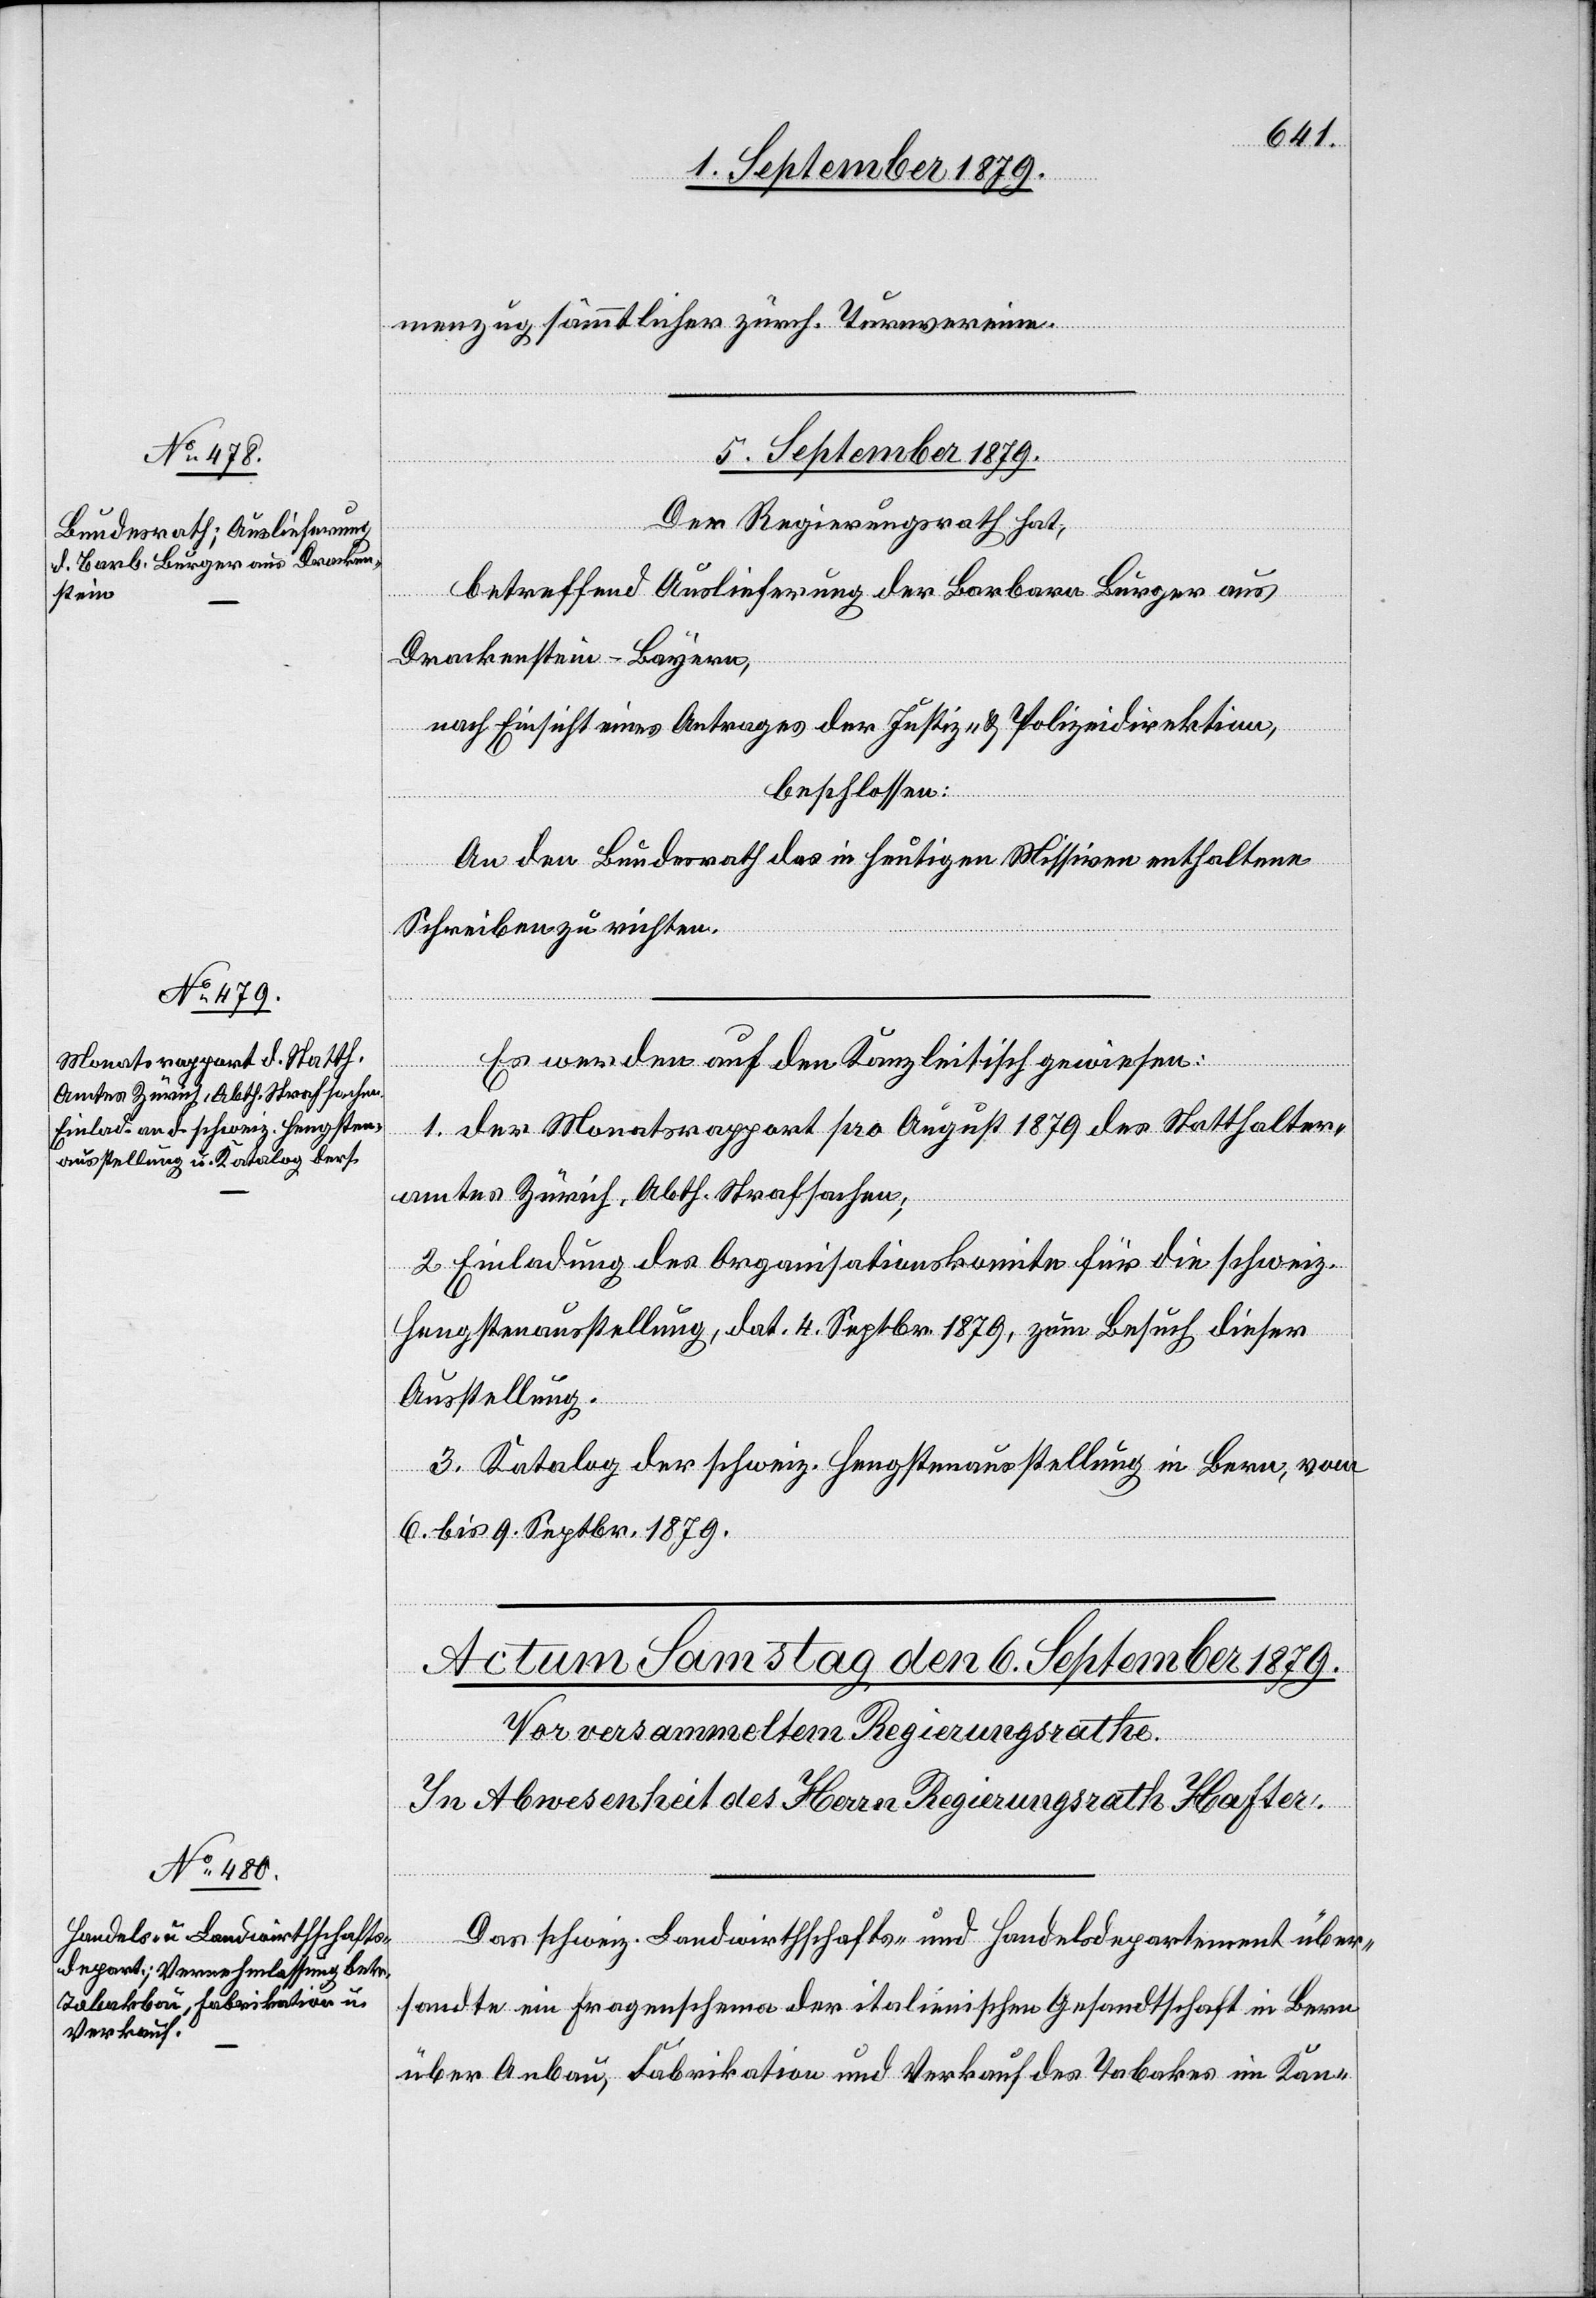
menzug sämmtlicher zürch. Turnvereine.
5. September 1879.]
gungen.
Der Regierungsrath hat,
betreffend Auslieferung der Barbara Burger aus
Drackenstein - Bayern,
nach Einsicht eines Antrages der Justiz- & Polizeidirektion,
beschlossen:
An den Bundesrath das in heutigen Missiven enthaltene
Schreiben zu richten.
Es werden auf den Kanzleitisch gewiesen:
1. der Monatsrapport pro August 1879 des Statthalter¬
amtes Zürich, Abth. Strafsachen;
2. Einladung des Organisationskomite für die schweiz.
Hengstenausstellung, dat. 4. Septbr. 1879, zum Besuch dieser
Ausstellung.
3. Katalog der schweiz. Hengstenausstellung in Bern; vom
6. bis 9. Septbr. 1879.
al-Verfü¬
Das schweiz. Landwirthschafts- und Handelsdepartement über¬
sandte ein Fragenschema der italienischen Gesandtschaft in Bern
über Anbau, Fabrikation und Verkauf des Tabakes im Kan-